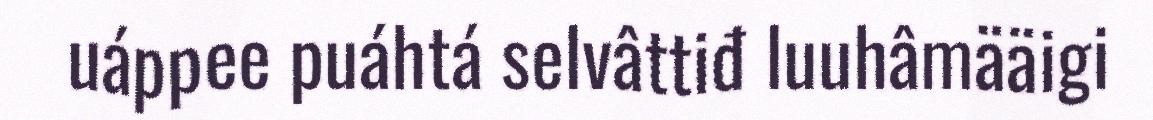
uáppee puáhtá selvâttiđ luuhâmääigi